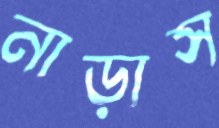
নাড়াস